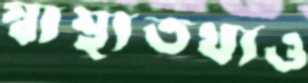
স্বাস্থ্যতথ্যও